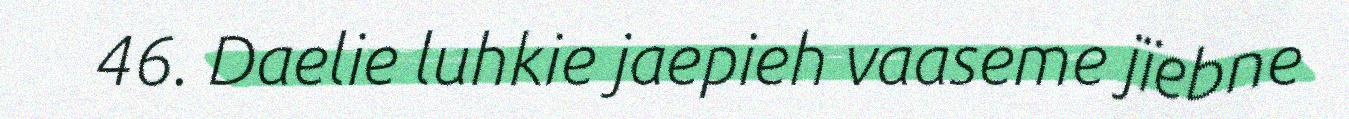
46. Daelie luhkie jaepieh vaaseme jïebne